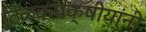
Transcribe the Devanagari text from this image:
टिळकपक्षीयांनी